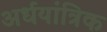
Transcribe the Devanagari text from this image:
अर्धयांत्रिक